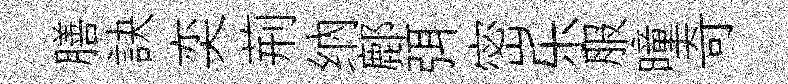
膳訣奕荊纳鄜弭密乐服曈奇